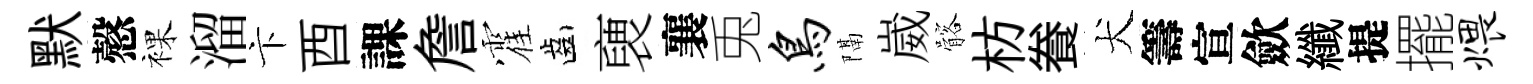
默慤裸溜卞酉課詹霍齒褏襄兎鸟隔崴髂枋飬犬籌宣歛纖提擺煨